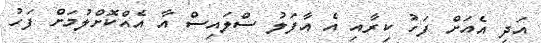
އަދި އެއަށް ފަހު ކިރާއި އެ އާފަލު ސްލައިސް އާ އެއްކޮށްލުމަށް ފަހު